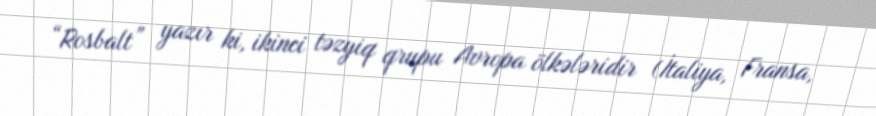
“Rosbalt” yazır ki, ikinci təzyiq qrupu Avropa ölkələridir (İtaliya, Fransa,